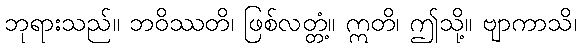
ဘုရားသည်။ ဘဝိဿတိ၊ ဖြစ်လတ္တံ့။ ဣတိ၊ ဤသို့။ ဗျာကာသိ၊